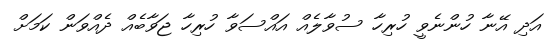
އަދި އޭނާ ހުންނެވީ ހުރިހާ ސުވާލެއް އައްސަވާ ހުރިހާ ޖަވާބެއް ދެއްވަން ކަމަށް